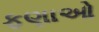
ફણાઓ